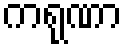
ကရုဏာ